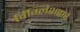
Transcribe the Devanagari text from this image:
विंग्लिशद्वारे